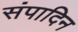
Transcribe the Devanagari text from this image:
संपादिन